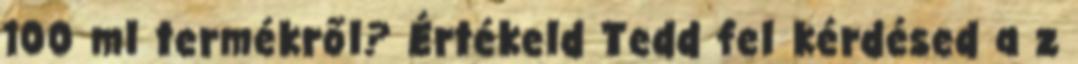
100 ml termékről? Értékeld Tedd fel kérdésed a z